Civil Veterinary Department. Central Provinces & Berar 1932-41 - 1932-1941
Year: 1932
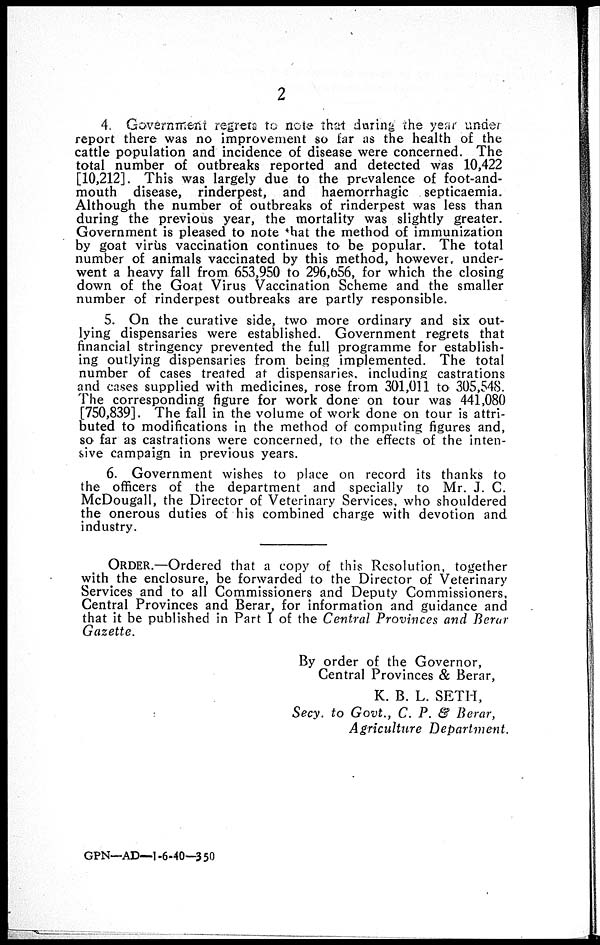
2
4. Government regrets to note that during the year under
report there was no improvement so far as the health of the
cattle population and incidence of disease were concerned. The
total number of outbreaks reported and detected was 10,422
[10,212]. This was largely due to the prevalence of foot-and-
mouth disease, rinderpest, and haemorrhagic septicaemia.
Although the number of outbreaks of rinderpest was less than
during the previous year, the mortality was slightly greater.
Government is pleased to note that the method of immunization
by goat virus vaccination continues to be popular. The total
number of animals vaccinated by this method, however, under-
went a heavy fall from 653,950 to 296,656, for which the closing
down of the Goat Virus Vaccination Scheme and the smaller
number of rinderpest outbreaks are partly responsible.
5. On the curative side, two more ordinary and six out-
lying dispensaries were established. Government regrets that
financial stringency prevented the full programme for establish-
ing outlying dispensaries from being implemented. The total
number of cases treated at dispensaries, including castrations
and cases supplied with medicines, rose from 301,011 to 305,548.
The corresponding figure for work done on tour was 441,080
[750,839]. The fall in the volume of work done on tour is attri-
buted to modifications in the method of computing figures and,
so far as castrations were concerned, to the effects of the inten-
sive campaign in previous years.
6. Government wishes to place on record its thanks to
the officers of the department and specially to Mr. J. C.
McDougall, the Director of Veterinary Services, who shouldered
the onerous duties of his combined charge with devotion and
industry.
ORDER.—Ordered that a copy of this Resolution, together
with the enclosure, be forwarded to the Director of Veterinary
Services and to all Commissioners and Deputy Commissioners,
Central Provinces and Berar, for information and guidance and
that it be published in Part I of the Central Provinces and Berar
Gazette.
By order of the Governor,
Central Provinces & Berar,
K. B. L. SETH,
Secy. to Govt., C. P. & Berar,
Agriculture
Department.
GPN—AD—1-6-40—350